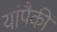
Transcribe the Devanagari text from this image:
यांपैकीं